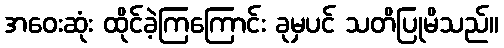
အဝေးဆုံး ထိုင်ခဲ့ကြကြောင်း ခုမှပင် သတိပြုမိသည်။